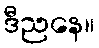
ဒီညနေ။